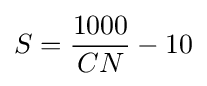
S={\frac {1000}{CN}}-10